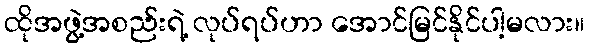
ထိုအဖွဲ့အစည်းရဲ့ လုပ်ရပ်ဟာ အောင်မြင်နိုင်ပါ့မလား။